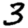
Digit: 3